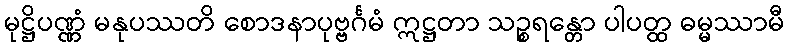
မုဋ္ဌိပဏ္ဏံ မနုပဿတိ စောဒနာပုဗ္ဗင်္ဂမံ ဣဋ္ဌတာ သဉ္စရန္တော ပါပတ္ထ ဓမ္မဿာမီ